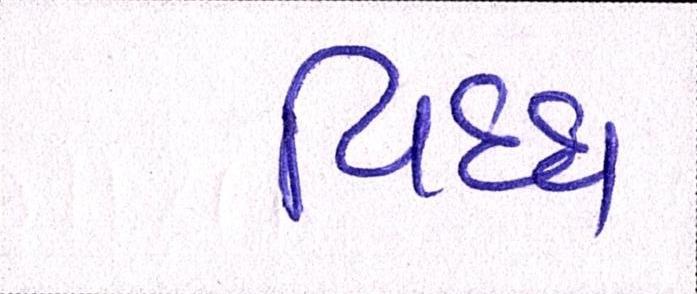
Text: વિઘ્ધ